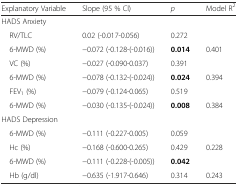
<table><thead><tr><td><b>Explanatory Variable</b></td><td><b>Slope (95 % Cl)</b></td><td><b><i>p</i></b></td><td><b>Model R<sup>2</sup></b></td></tr></thead><tbody><tr><td colspan="4">HADS Anxiety</td></tr><tr><td> RV/TLC</td><td>0.02 (-0.017-0.056)</td><td>0.272</td><td></td></tr><tr><td> 6-MWD (%)</td><td>−0.072 (-0.128-(-0.016))</td><td><b>0.014</b></td><td>0.401</td></tr><tr><td> VC (%)</td><td>−0.027 (-0.090-0.037)</td><td>0.391</td><td></td></tr><tr><td> 6-MWD (%)</td><td>−0.078 (-0.132-(-0.024))</td><td><b>0.024</b></td><td>0.394</td></tr><tr><td> FEV<sub>1</sub> (%)</td><td>−0.079 (-0.124-0.065)</td><td>0.519</td><td></td></tr><tr><td> 6-MWD (%)</td><td>−0.030 (-0.135-(-0.024))</td><td><b>0.008</b></td><td>0.384</td></tr><tr><td colspan="4">HADS Depression</td></tr><tr><td> 6-MWD (%)</td><td>−0.111 (-0.227-0.005)</td><td>0.059</td><td></td></tr><tr><td> Hc (%)</td><td>−0.168 (-0.600-0.265)</td><td>0.429</td><td>0.228</td></tr><tr><td> 6-MWD (%)</td><td>−0.111 (-0.228-(-0.005))</td><td><b>0.042</b></td><td></td></tr><tr><td> Hb (g/dl)</td><td>−0.635 (-1.917-0.646)</td><td>0.314</td><td>0.243</td></tr></tbody></table>